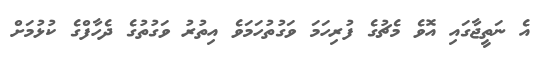
އެ ނަތީޖާގައި އޮވެ މެޗުގެ ފުރިހަމަ ވަގުތުހަމަވެ އިތުރު ވަގުތުގެ ދެހާފްގެ ކުޅުމަށް